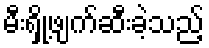
မီးရှို့ဖျက်ဆီးခဲ့သည့်